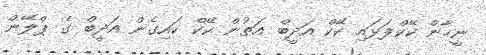
ނީހާން ކޭކްފަޅައި ކޭކް އަދީބް އަތުން ކޭކް ކައިގެން އަދީބް ގެ ޕްލޭން